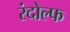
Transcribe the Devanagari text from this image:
रंदोल्फ